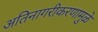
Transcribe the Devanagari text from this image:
अतिनागरीकरणामुळे